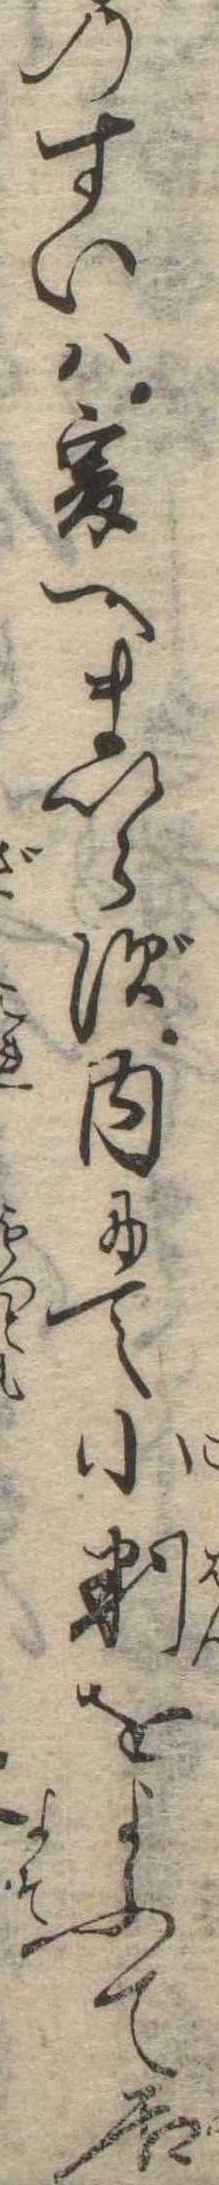
のすいは爰へまいらず内にて小判をよふて居